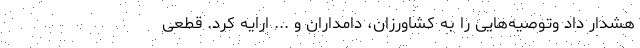
هشدار داد وتوصیه‌هایی را به کشاورزان، دامداران و ... ارایه کرد. قطعی